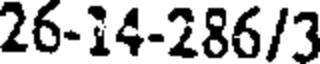
26-14-286/3